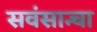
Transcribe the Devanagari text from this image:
सवंसान्चा